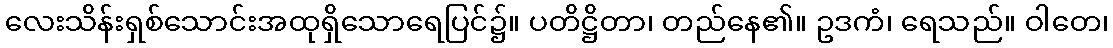
လေးသိန်းရှစ်သောင်းအထုရှိသောရေပြင်၌။ ပတိဋ္ဌိတာ၊ တည်နေ၏။ ဥဒကံ၊ ရေသည်။ ဝါတေ၊